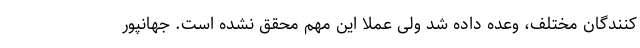
کنندگان مختلف، وعده داده شد ولی عملا این مهم محقق نشده است. جهانپور